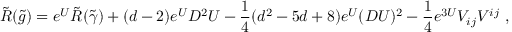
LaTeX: \tilde { R } ( \tilde { g } ) = e ^ { U } \tilde { R } ( \tilde { \gamma } ) + ( d - 2 ) e ^ { U } D ^ { 2 } U - { \frac { 1 } { 4 } } ( d ^ { 2 } - 5 d + 8 ) e ^ { U } ( D U ) ^ { 2 } - { \frac { 1 } { 4 } } e ^ { 3 U } V _ { i j } V ^ { i j } \ ,